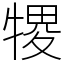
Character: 㹄